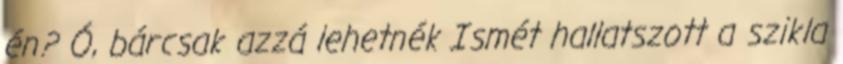
én? Ó, bárcsak azzá lehetnék Ismét hallatszott a szikla